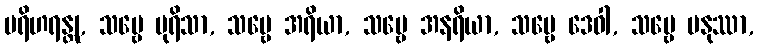
ပရိဟရန္တု, သဗ္ဗေ ပုရိသာ, သဗ္ဗေ အရိယာ, သဗ္ဗေ အနရိယာ, သဗ္ဗေ ဒေဝါ, သဗ္ဗေ မနုဿာ,